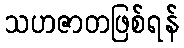
သဟဇာတဖြစ်ရန်